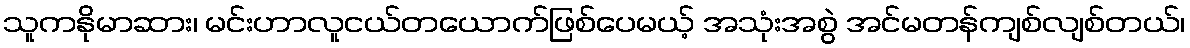
သူကနိုမာဆား၊ မင်းဟာလူငယ်တယောက်ဖြစ်ပေမယ့် အသုံးအစွဲ အင်မတန်ကျစ်လျစ်တယ်၊